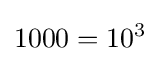
1000=10^{3}